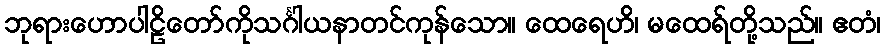
ဘုရားဟောပါဠိတော်ကိုသင်္ဂါယနာတင်ကုန်သော။ ထေရေဟိ၊ မထေရ်တို့သည်။ ဧတံ၊